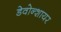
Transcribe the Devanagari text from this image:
डेवोन्शायर